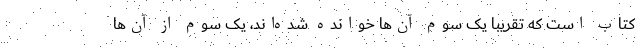
کتاب است که تقریباً یک سوم آن‌ها خوانده شده‌اند، یک سوم از آن‌ها